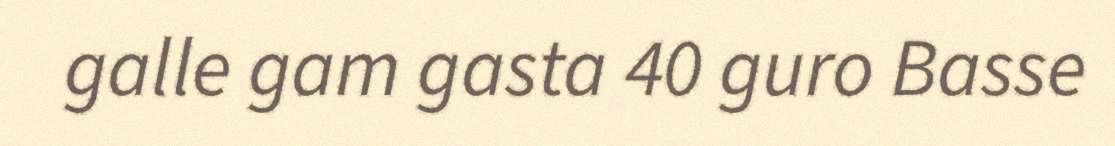
galle gam gasta 40 guro Basse